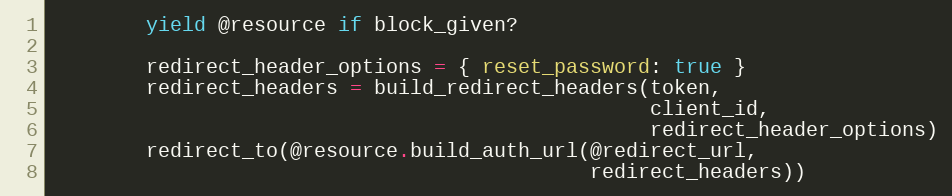
Language: Ruby
        yield @resource if block_given?

        redirect_header_options = { reset_password: true }
        redirect_headers = build_redirect_headers(token,
                                                  client_id,
                                                  redirect_header_options)
        redirect_to(@resource.build_auth_url(@redirect_url,
                                             redirect_headers))